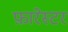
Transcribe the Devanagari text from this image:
फ़ारेस्टर